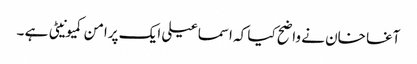
آغا خان نے واضح کیا کہ اسماعیلی ایک پرامن کمیونیٹی ہے ۔